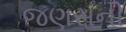
જણસની